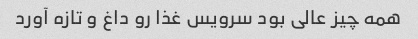
همه چیز عالی بود سرویس غذا رو داغ و تازه آورد